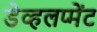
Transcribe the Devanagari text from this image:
डेव्हलप्मेंट